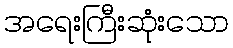
အရေးကြီးဆုံးသော